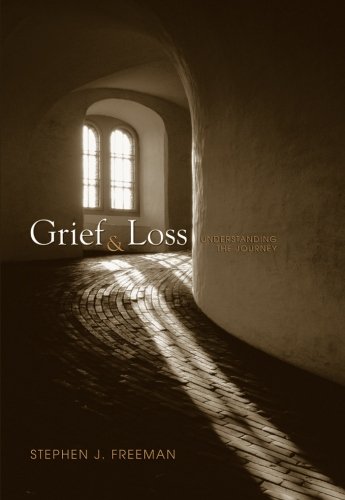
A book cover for Grief and Loss: Understanding the Journey (Death & Dying/Grief & Loss); Stephen J. Freeman; Health, Fitness & Dieting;